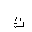
Letter: _tha